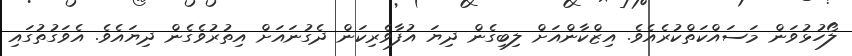
ލޯހުޅުވަން މަސައްކަތްކުރެއެވެ. އިޒްކާންއަށް ލިބިގެން ދިޔަ އުފާވެރިކަން ދެގުނައަށް އިތުރުވެގެން ދިޔައެވެ. އެވަގުތުގައި